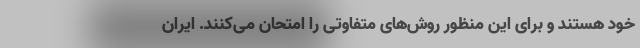
خود هستند و برای این منظور روش‌های متفاوتی را امتحان می‌کنند. ایران